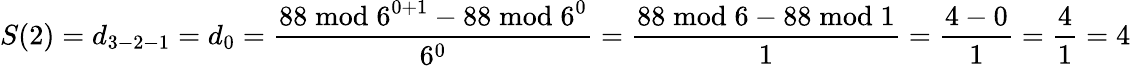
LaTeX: S(2)=d_{3-2-1}=d_{0}={\frac{88{\bmod{6}}^{0+1}-88{\bmod{6}}^{0}}{6^{0}}}={\frac{88{\bmod{6}}-88{\bmod{1}}}{1}}={\frac{4-0}{1}}={\frac{4}{1}}=4